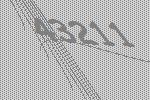
43211